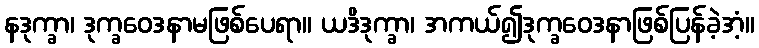
နဒုက္ခာ၊ ဒုက္ခဝေဒနာမဖြစ်ပေရာ။ ယဒိဒုက္ခာ၊ အကယ်၍ဒုက္ခဝေဒနာဖြစ်ပြန်ခဲ့အံ့။